Indian journal of veterinary science and animal husbandry - Volume 6,
Year: 1936
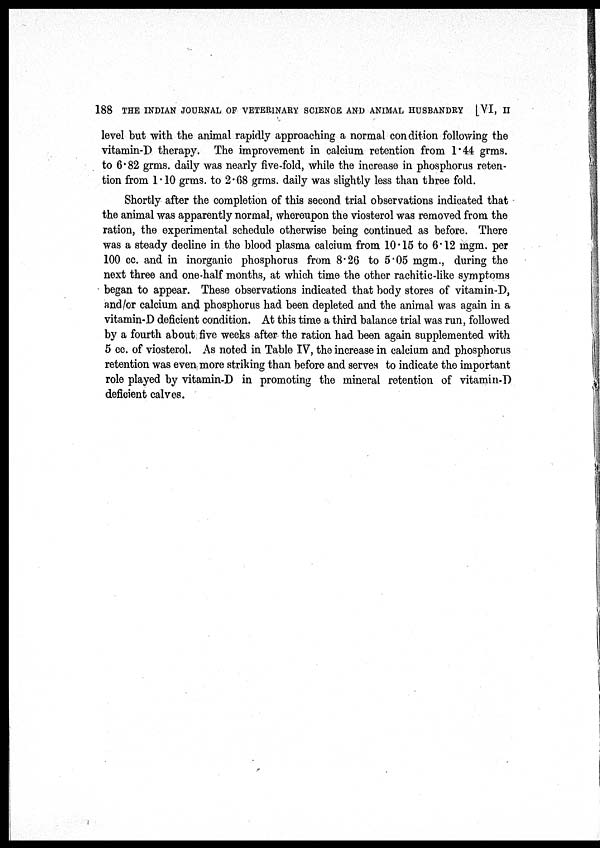
188 THE INDIAN JOURNAL OF VETERINARY SCIENCE AND ANIMAL HUSBANDRY [VI, II
level but with the animal rapidly approaching a normal condition following the
vitamin-D therapy. The improvement in calcium retention from 1.44 grms.
to 6.82 grms. daily was nearly five-fold, while the increase in phosphorus reten-
tion from 1.10 grms. to 2.68 grms. daily was slightly less than three fold.
Shortly after the completion of this second trial observations indicated that
the animal was apparently normal, whereupon the viosterol was removed from the
ration, the experimental schedule otherwise being continued as before. There
was a steady decline in the blood plasma calcium from 10.15 to 6.12 mgm. per
100 cc. and in inorganic phosphorus from 8.26 to 5.05 mgm., during the
next three and one-half months, at which time the other rachitic-like symptoms
began to appear. These observations indicated that body stores of vitamin-D,
and/or calcium and phosphorus had been depleted and the animal was again in a
vitamin-D deficient condition. At this time a third balance trial was run, followed
by a fourth about five weeks after the ration had been again supplemented with
5 cc. of viosterol. As noted in Table IV, the increase in calcium and phosphorus
retention was even more striking than before and serves to indicate the important
role played by vitamin-D in promoting the mineral retention of vitamin-D
deficient calves.